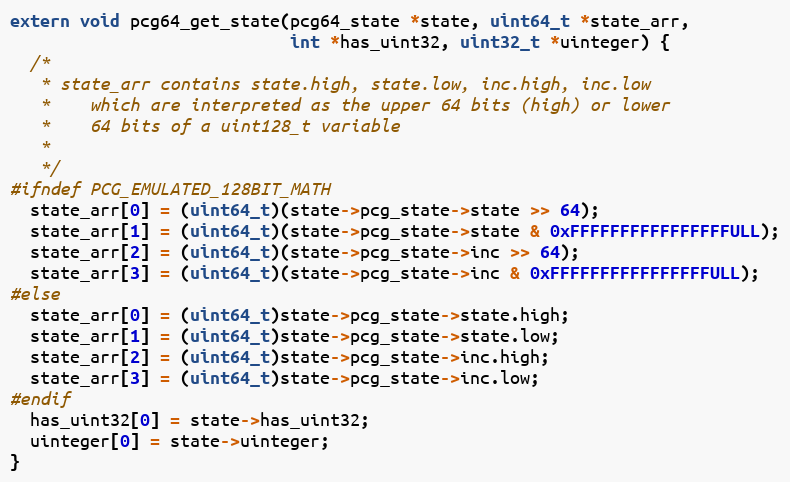
Language: C
extern void pcg64_get_state(pcg64_state *state, uint64_t *state_arr,
                            int *has_uint32, uint32_t *uinteger) {
  /*
   * state_arr contains state.high, state.low, inc.high, inc.low
   *    which are interpreted as the upper 64 bits (high) or lower
   *    64 bits of a uint128_t variable
   *
   */
#ifndef PCG_EMULATED_128BIT_MATH
  state_arr[0] = (uint64_t)(state->pcg_state->state >> 64);
  state_arr[1] = (uint64_t)(state->pcg_state->state & 0xFFFFFFFFFFFFFFFFULL);
  state_arr[2] = (uint64_t)(state->pcg_state->inc >> 64);
  state_arr[3] = (uint64_t)(state->pcg_state->inc & 0xFFFFFFFFFFFFFFFFULL);
#else
  state_arr[0] = (uint64_t)state->pcg_state->state.high;
  state_arr[1] = (uint64_t)state->pcg_state->state.low;
  state_arr[2] = (uint64_t)state->pcg_state->inc.high;
  state_arr[3] = (uint64_t)state->pcg_state->inc.low;
#endif
  has_uint32[0] = state->has_uint32;
  uinteger[0] = state->uinteger;
}